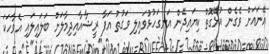
އޭނައަށް ވެގެން އުޅޭގޮތް ކިޔައިދޭން އަނގަހުޅުވައިލި ވަގުތު އަފާ ރީޝާއާއިދިމާލަށް ބަލައިލައި އެވާހަކަ